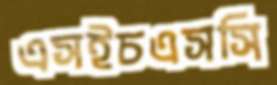
এসইচএসসি